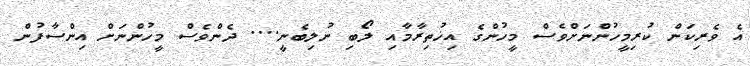
އެ ވެރިކަން ކުރިމީހުންނަށްވެސް މީހުންގެ އިޚުތިރާމާއި ލޯބި ނުލިބެނީ.... ދެންވެސް މީހުންނަށް އިންސާފުން